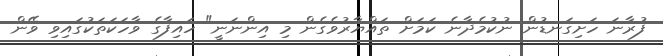
ފުރާނަ ހަށިގަނޑުން ނުކުމެދާނެ ކަމަށް ތައްޔާރުވެގެން މި އިންނަނީ" ހައިފާގެ ވާހަކަތަކުގައިވި ވޭން